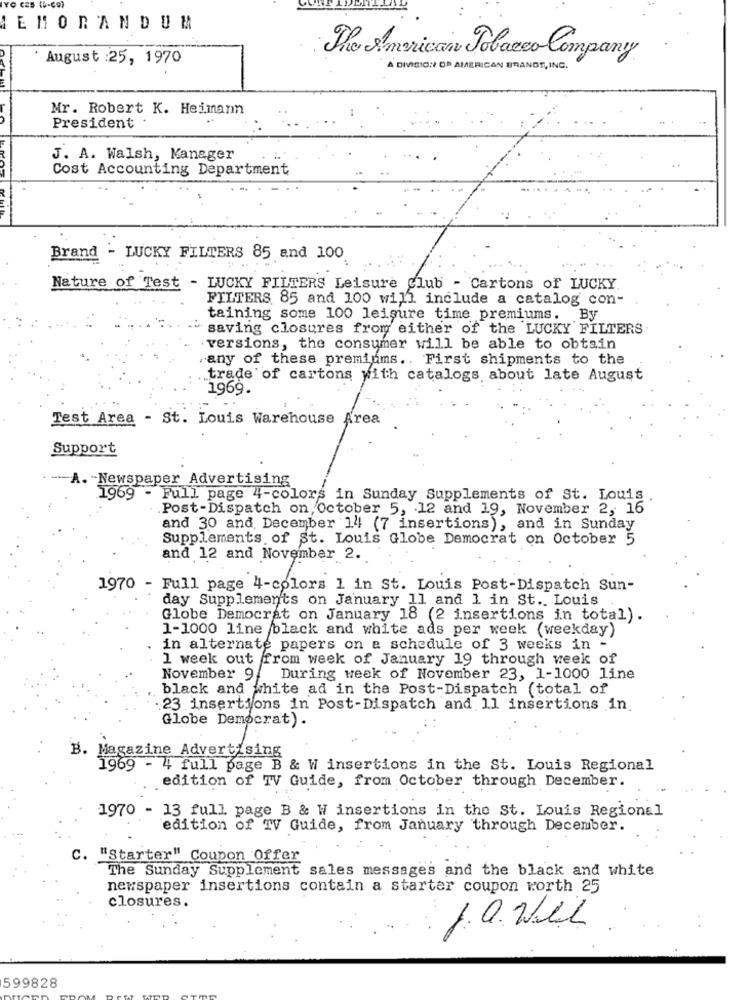
YO CES (O-Ce)
MEMORANDUM
August :25, 1970
The American Tobacco Company
A DIVISION OF AMERICAN BRANDE, INC.
Mr. Robert K. Heimann
President
J. A. Walsh, Manager
Cost Accounting Department
Brand
- LUCKY FILTERS 85 and 100
Nature of Test - LUCKY FILTERS Leisure Club - Cartons of LUCKY.
FILTERS, 85 and 100 will include a catalog con-
taining some 100 leisure time premiums. By
saving closures from either of the LUCKY FILTERS
versions, the consumer will be able to obtain
any of these premiums .. First shipments to the
trade of cartons with catalogs about late August
1969.
Test Area - St. Louis Warehouse Area
Support
A. - Newspaper Advertising
1969 - Full page 4-colors in Sunday Supplements of St. Louis
Post-Dispatch on, October 5, 12 and 19, November 2, 16
and 30 and December 14 (7 insertions), and in Sunday
Supplements of St. Louis Globe Democrat on October 5
and 12 and November 2.
1970 - Full page 4-colors 1 in St. Louis Post-Dispatch Sun-
day Supplements on January 11 and 1 in St. Louis
Globe Democrat on January 18 (2 insertions in total) .
1-1000 line black and white ads per week (weekday)
in alternate papers on a schedule of 3 weeks in -
1 week out from week of January 19 through week of
November 9. During week of November 23, 1-1000 line
black and white ad in the Post-Dispatch (total of
. 23 insertions in Post-Dispatch and 11 insertions in.
Globe Democrat) .
B. Magazine Advertising
1969 - 4 full page B & W insertions in the St. Louis Regional
edition of TV Guide, from October through December.
1970 - 13 full page B & W insertions in the St. Louis Regional
edition of TV Guide, from January through December.
C. "Starter" Coupon Offer
The Sunday Supplement sales messages and the black and white
newspaper insertions contain a starter coupon worth 25
closures.
J.a. wer
599828